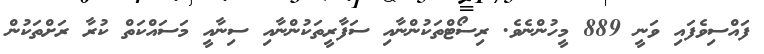
ފައްސިވެފައި ވަނީ 889 މީހުންނެވެ. ރިސޯޓްތަކުންނާއި ސަފާރީތަކުންނާއި ސިނާއީ މަސައްކަތް ކުރާ ރަށްތަކުން